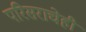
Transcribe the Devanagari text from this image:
परिसराचेही